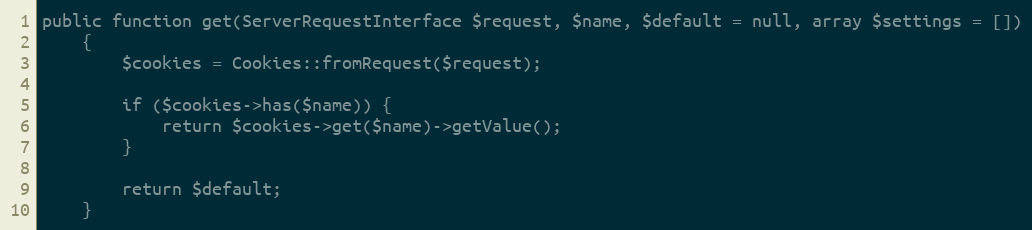
Language: PHP
public function get(ServerRequestInterface $request, $name, $default = null, array $settings = [])
    {
        $cookies = Cookies::fromRequest($request);

        if ($cookies->has($name)) {
            return $cookies->get($name)->getValue();
        }

        return $default;
    }